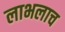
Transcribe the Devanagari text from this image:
लाभलाच